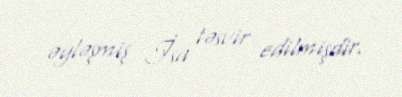
əyləşmiş İsa təsvir edilmişdir.